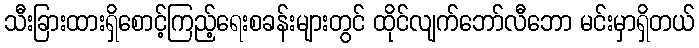
သီးခြားထားရှိစောင့်ကြည့်ရေးစခန်းများတွင် ထိုင်လျက်ဘော်လီဘော မင်းမှာရှိတယ်